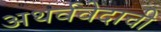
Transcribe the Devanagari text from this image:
अथर्ववेदाची